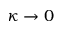
\kappa \to 0